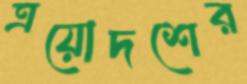
ত্রয়োদশের